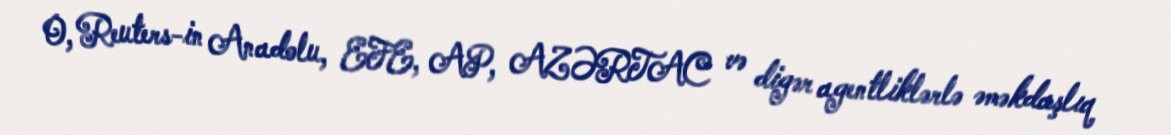
O, Reuters-in Anadolu, EFE, AP, AZƏRTAC və digər agentliklərlə əməkdaşlıq